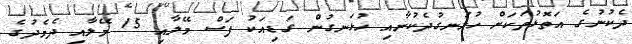
ދެކުނުގެ އަތޮޅުތަކަށް ހުޅަނގުދެކުނާއި ހުޅަނގުން ގަޑިއަކު ފަސް މޭލާއި 15 މޭލާއި ދެމެދުގެ